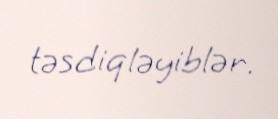
təsdiqləyiblər.